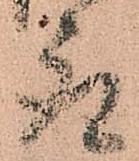
取